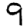
Digit: 9